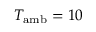
T _ { \mathrm { a m b } } = 1 0